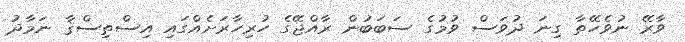
ވާރޭ ނުވެހޭތާ ގިނަ ދުވަސް ވުމުގެ ސަބަބުން ރާއްޖޭގެ ހުރިހާރަށެއްގައި އިސްތިސްޤާ ނަމާދު